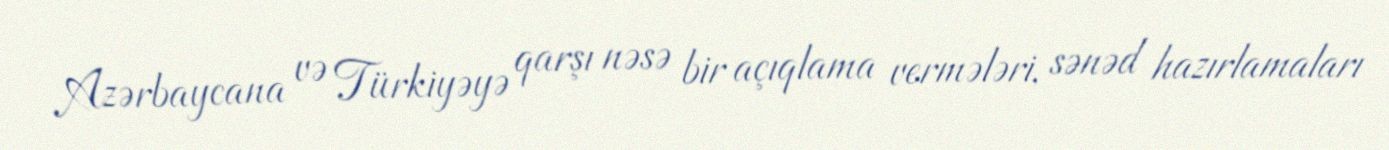
Azərbaycana və Türkiyəyə qarşı nəsə bir açıqlama vermələri, sənəd hazırlamaları